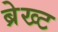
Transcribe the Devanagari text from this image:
ब्रेख्ट